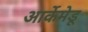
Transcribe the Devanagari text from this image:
आर्केमेडू